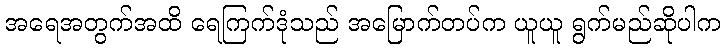
အရေအတွက်အထိ ရေကြက်ဒုံသည် အမြောက်တပ်က ယူယူ ရွက်မည်ဆိုပါက